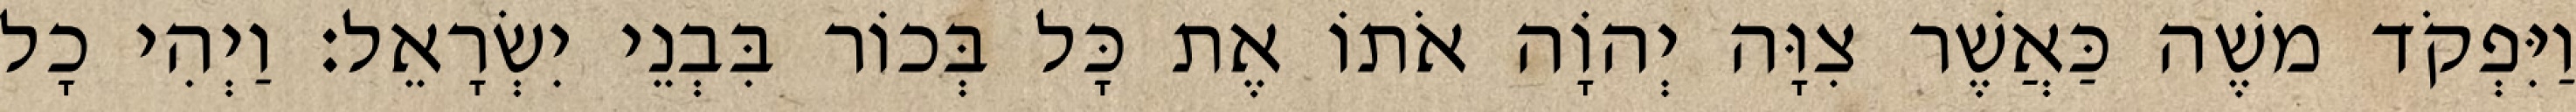
וַיִּפְקֹד משֶׁה כַּאֲשֶׁר צִוָּה יְהוָֹה אֹתוֹ אֶת כָּל בְּכוֹר בִּבְנֵי יִשְׂרָאֵל׃ וַיְהִי כָל